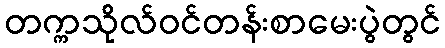
တက္ကသိုလ်ဝင်တန်းစာမေးပွဲတွင်